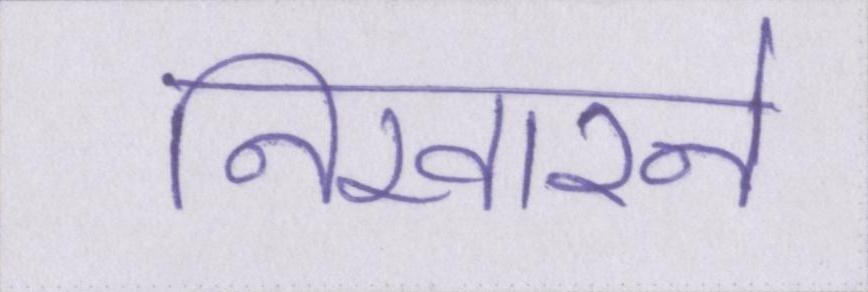
निखारने